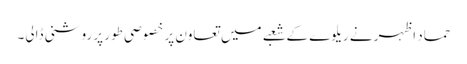
حماد اظہر نے ریلوے کے شعبے میں تعاون پر خصوصی طور پر روشنی ڈالی۔